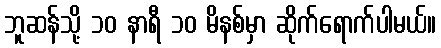
ဘူဆန်သို့ ၁၀ နာရီ ၁၀ မိနစ်မှာ ဆိုက်ရောက်ပါမယ်။